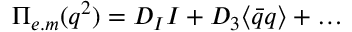
\Pi _ { e . m } ( q ^ { 2 } ) = D _ { I } I + D _ { 3 } \langle \bar { q } q \rangle + \dots